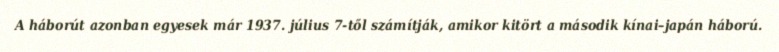
A háborút azonban egyesek már 1937. július 7-től számítják, amikor kitört a második kínai–japán háború.